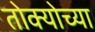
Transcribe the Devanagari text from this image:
तोक्योच्या